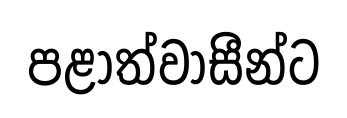
පළාත්වාසීන්ට